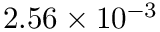
2 . 5 6 \times 1 0 ^ { - 3 }